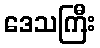
ဒေသကြီး